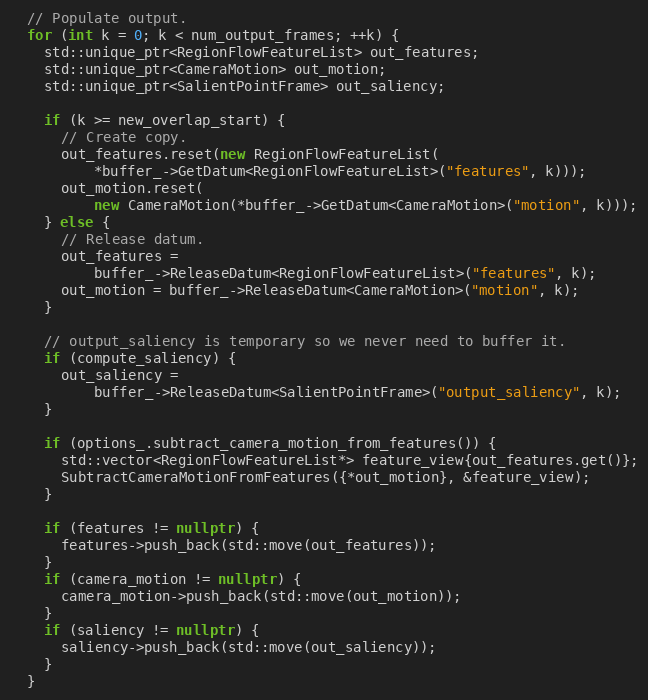
Language: C++
  // Populate output.
  for (int k = 0; k < num_output_frames; ++k) {
    std::unique_ptr<RegionFlowFeatureList> out_features;
    std::unique_ptr<CameraMotion> out_motion;
    std::unique_ptr<SalientPointFrame> out_saliency;

    if (k >= new_overlap_start) {
      // Create copy.
      out_features.reset(new RegionFlowFeatureList(
          *buffer_->GetDatum<RegionFlowFeatureList>("features", k)));
      out_motion.reset(
          new CameraMotion(*buffer_->GetDatum<CameraMotion>("motion", k)));
    } else {
      // Release datum.
      out_features =
          buffer_->ReleaseDatum<RegionFlowFeatureList>("features", k);
      out_motion = buffer_->ReleaseDatum<CameraMotion>("motion", k);
    }

    // output_saliency is temporary so we never need to buffer it.
    if (compute_saliency) {
      out_saliency =
          buffer_->ReleaseDatum<SalientPointFrame>("output_saliency", k);
    }

    if (options_.subtract_camera_motion_from_features()) {
      std::vector<RegionFlowFeatureList*> feature_view{out_features.get()};
      SubtractCameraMotionFromFeatures({*out_motion}, &feature_view);
    }

    if (features != nullptr) {
      features->push_back(std::move(out_features));
    }
    if (camera_motion != nullptr) {
      camera_motion->push_back(std::move(out_motion));
    }
    if (saliency != nullptr) {
      saliency->push_back(std::move(out_saliency));
    }
  }